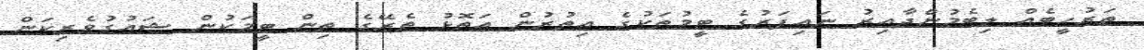
ތަރުހީބެއް ލިބެމުންދާއިރު ނައިފަރުގެ ޓީމުތަކުގެ އިތުރުން އަތޮޅު ތެރޭގެ ތިން ޓީމަކުން ޝައުގުވެރިކަން